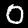
Digit: 0